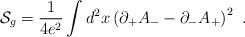
LaTeX: \begin{align*}{\cal S}_{g}={1\over {4e^{2}}}\int d^{2}x \left(\partial_{+}A_{-}-\partial_{-}A_{+}\right)^{2}\,\,.\end{align*}